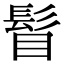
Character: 𩬞